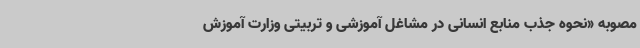
مصوبه «نحوه جذب منابع انسانی در مشاغل آموزشی و تربیتی وزارت آموزش